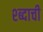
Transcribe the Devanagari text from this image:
श्ब्दाची